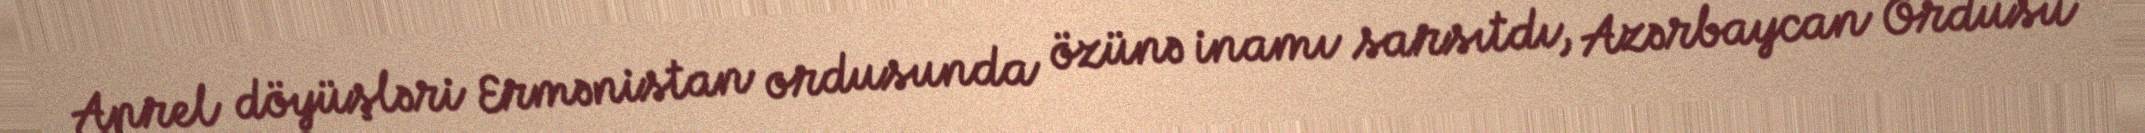
Aprel döyüşləri Ermənistan ordusunda özünə inamı sarsıtdı, Azərbaycan Ordusu